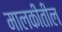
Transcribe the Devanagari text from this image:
मालकीतील